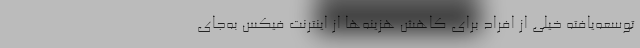
توسعه‌یافته خیلی از افراد برای کاهش هزینه‌ها از اینترنت فیکس به‌جای